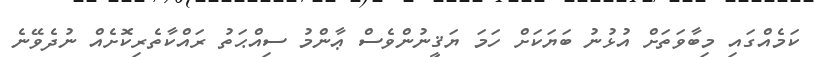
ކަމެއްގައި މިބާވަތަށް އުޅުނު ބަޔަކަށް ހަމަ ޔަޤީނުންވެސް ޢާންމު ސިއްޙަތު ރައްކާތެރިކޮށެއް ނުދެވޭނެ